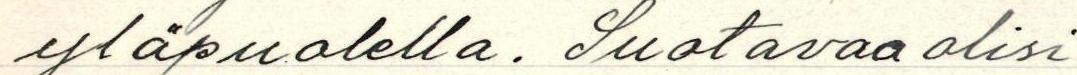
yläpuolella. Suotavaa olisi